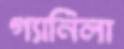
গ্যানিলা